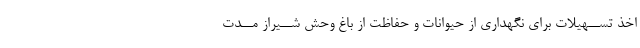
اخذ تســهیلات براى نگهدارى از حیوانات و حفاظت از باغ وحش شــیراز مــدت